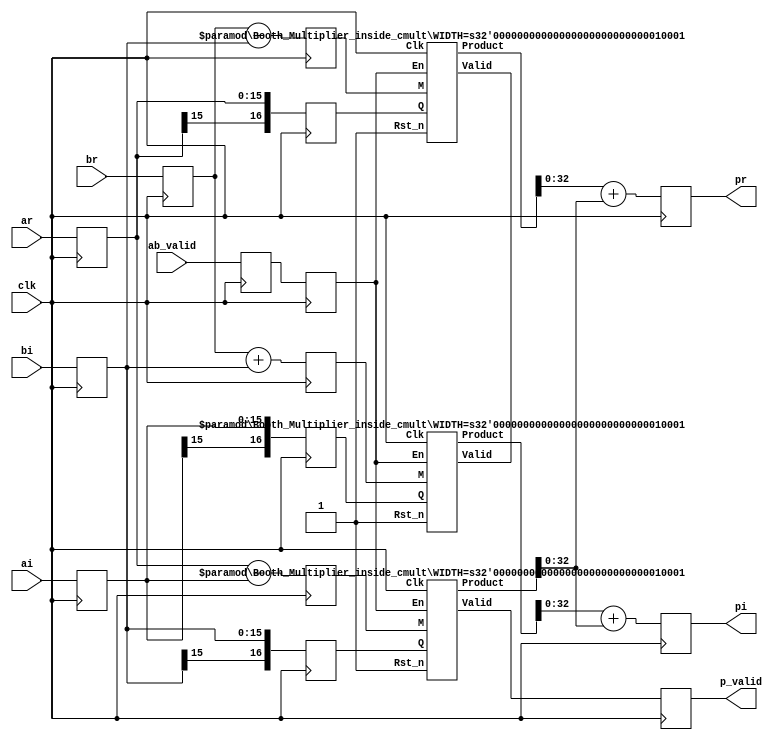
`timescale 1ns / 1ps

/*
* module: 		complex_mult
* description:
* 				use LEs implement
*               input signed width 16 bits
*				output signed width 33 bits
*
*  Complex Multilier
*  The following code implements a parameterizable complex multiplier
*  The style described uses LEs to implement the complex multiplier
*  taking advantage of the pre-adder, so widths chosen should be less than what the architecture supports or else extra-logic/extra DSPs will be inferred
*  parameter WIDTH = <WIDTH>;  // size input of multiplier
*/

module complex_mult
#(
	parameter WIDTH = 16,
	parameter INPUT_BUF = "ON",
	parameter OUTPUT_BUF = "ON"
)(
	input wire clk,               // Clock
	input wire ab_valid,
	input wire signed [WIDTH-1:0] 	    ar, ai, // 1st inputs real and imaginary parts
	input wire signed [WIDTH-1:0] 	    br, bi, // 2nd inputs real and imaginary parts
	output reg p_valid,
	output reg signed [WIDTH+WIDTH:0] pr, pi // output signal

    );

reg ab_valid_buf;
reg signed [WIDTH-1:0] ar_buf,ai_buf,br_buf,bi_buf;

/* input buf */
	generate if ( INPUT_BUF == "ON" )

      always@(posedge clk)
	  	{ ab_valid_buf,ar_buf,ai_buf,br_buf,bi_buf } <= { ab_valid,ar,ai,br,bi };

   else if (INPUT_BUF == "OFF")

      always@(*)
	  	{ ab_valid_buf,ar_buf,ai_buf,br_buf,bi_buf } = { ab_valid,ar,ai,br,bi };

   endgenerate
/* end of input buffer */

reg booth_mult_En;
reg signed [WIDTH:0] common_M,common_Q,real_mult1,real_mult2,imag_mult1,imag_mult2;

always @ (posedge clk) begin
	booth_mult_En <= ab_valid_buf;

	common_M <= ar_buf - ai_buf;
	common_Q <= bi_buf;

	real_mult1 <= br_buf - bi_buf;
	real_mult2 <= ar_buf;

	imag_mult1 <= br_buf + bi_buf;
	imag_mult2 <= ai_buf;

end

wire booth_mult_Valid;
wire signed [2*(WIDTH+1)-1:0] common_Product,real_Product,imag_Product;

Booth_Multiplier_inside_cmult #(
	.WIDTH(WIDTH+1)                // Width = WIDTH: multiplicand & multiplier
)booth_mult0(
    .Rst_n(1'b1),
    .Clk(clk),
    .En(booth_mult_En),
    .M(common_M),
    .Q(common_Q),
    .Valid(booth_mult_Valid),
    .Product(common_Product)
);

Booth_Multiplier_inside_cmult #(
	.WIDTH(WIDTH+1)                // Width = WIDTH: multiplicand & multiplier
)booth_mult1(
    .Rst_n(1'b1),
    .Clk(clk),
    .En(booth_mult_En),
    .M(real_mult1),
    .Q(real_mult2),
    .Valid(),
    .Product(real_Product)
);

Booth_Multiplier_inside_cmult #(
	.WIDTH(WIDTH+1)                // Width = WIDTH: multiplicand & multiplier
)booth_mult2(
    .Rst_n(1'b1),
    .Clk(clk),
    .En(booth_mult_En),
    .M(imag_mult1),
    .Q(imag_mult2),
    .Valid(),
    .Product(imag_Product)
);


/* output buf */
	generate if ( OUTPUT_BUF == "ON" )

      always@(posedge clk)begin
	  	p_valid <= booth_mult_Valid;
		pr <= real_Product + common_Product;
		pi <= imag_Product + common_Product;
	  end

   else if (OUTPUT_BUF == "OFF")

	   always@(*)begin
		 p_valid = booth_mult_Valid;
		 pr = real_Product + common_Product;
		 pi = imag_Product + common_Product;
	   end

   endgenerate
/* end of output buffer */


endmodule


// http://www.cnblogs.com/ruowei/p/5891029.html

module Booth_Multiplier_inside_cmult #(
    parameter WIDTH = 16                // Width = WIDTH: multiplicand & multiplier
)(
    input wire Rst_n,              // Reset_n
    input wire Clk,                    // Clock

    input wire En,                     // Load Registers and Start Multiplier
    input wire [(WIDTH - 1):0] M,      // Multiplicand
    input wire [(WIDTH - 1):0] Q,      // Multiplier
    output reg Valid,              // Product Valid
    output reg [(2*WIDTH - 1):0] Product   // Product <= M * R
);

  wire [(WIDTH-1):0] A=0;
  wire Q_assist=0;

  wire [3*WIDTH:0] i_temp[(WIDTH-1):0];
  wire [3*WIDTH:0] o_temp[(WIDTH-1):0];

  assign i_temp[0] = {M,Q_assist,A,Q};

  genvar vari;
  generate
      for(vari = 0;vari < WIDTH; vari = vari+1) begin: Booth
          Booth_Shift_inside_mult#(
            .WIDTH(WIDTH)
          )inst_booths(
            .Clk(Clk),
            .Rst_n(Rst_n),
            .i(i_temp[vari]),
            .o(o_temp[vari])
            );
      end

      for(vari = 0;vari < WIDTH-1; vari = vari+1)
        assign i_temp[vari+1] = o_temp[vari];

  endgenerate

  reg [WIDTH-1:0] en_shift;

  always @ (posedge Clk)
  if(~Rst_n)begin
    en_shift <= 0;
    Valid <= 0;
    Product <= 0;
  end
  else begin
    en_shift <= {en_shift[WIDTH-2:0],En};
    if (en_shift[WIDTH-1] == 1'b1)begin
      Valid <= 1;
      Product <= o_temp[WIDTH-1][(2*WIDTH - 1):0];
    end
    else begin
      Valid <= 0;
      Product <= 0;
    end
  end

endmodule


module Booth_Shift_inside_mult #(
    parameter WIDTH = 16                // Width = WIDTH: multiplicand & multiplier
)(
    input wire Rst_n,              // Reset_n
    input wire Clk,                    // Clock
    input wire [3*WIDTH:0] i,
    output wire [3*WIDTH:0] o
);

  wire [(WIDTH - 1):0] M_i;      // Multiplicand
  wire [(WIDTH - 1):0] Q_i;      // Multiplier
  wire [(WIDTH - 1):0] A_i;
  wire Q_assist_i;
  wire [(WIDTH - 1):0] M_o;   // Product <= M * R
  wire [(WIDTH - 1):0] Q_o;   // Product <= M * R
  wire [(WIDTH - 1):0] A_o;   // Product <= M * R
  wire Q_assist_o;

  assign {M_i,Q_assist_i,A_i,Q_i} = i;


  reg [(WIDTH - 1):0] b;
  wire [(WIDTH - 1):0] a,out;
  reg cin;

  reg [(WIDTH - 1):0] M_temp;
  reg [(WIDTH - 1):0] A_temp,Q_temp;
  reg Q_assist_temp;

  always @ (posedge Clk)
  if (~Rst_n) begin
    {cin,b} <= 0;
    M_temp <= 0;
    A_temp <= 0;
    Q_temp <= 0;
    Q_assist_temp <= 0;
  end
  else begin
    case ({Q_i[0],Q_assist_i})
      2'b01: { cin,b } <= { 1'b0,M_i };
      2'b10: { cin,b } <= { 1'b1,~M_i };
      default: { cin,b } <= 0;
    endcase
    M_temp <= M_i;
    A_temp <= A_i;
    Q_temp <= Q_i;
    Q_assist_temp <= Q_assist_i;
  end

  assign a = A_temp;
  assign out = a + b + cin;  // full adder

  assign M_o = M_temp;
  assign {A_o, Q_o, Q_assist_o} = $signed({out, Q_temp, Q_assist_temp}) >>> 1;

  assign o = {M_o,Q_assist_o,A_o,Q_o};

endmodule